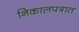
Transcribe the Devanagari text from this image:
निकालपत्रात